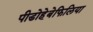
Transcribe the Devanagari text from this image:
पीडोहेबेफिलिया